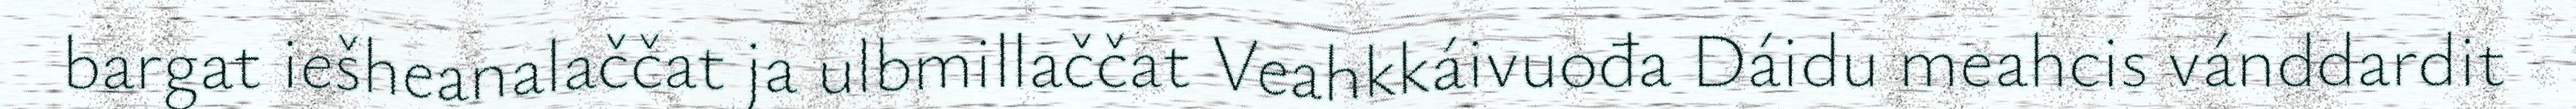
bargat iešheanalaččat ja ulbmillaččat Veahkkáivuođa Dáidu meahcis vánddardit